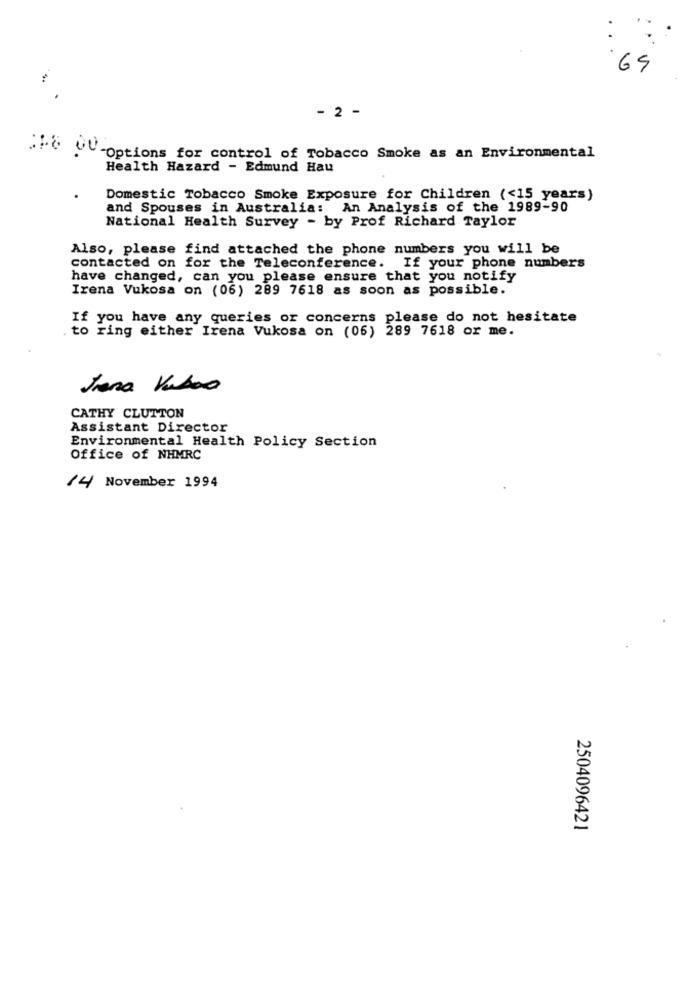
65
- 2 -
:18 00-Options for control of Tobacco Smoke as an Environmental
Health Hazard - Edmund Hau
Domestic Tobacco Smoke Exposure for Children (<15 years)
and Spouses in Australia: An Analysis of the 1989-90
National Health Survey - by Prof Richard Taylor
Also, please find attached the phone numbers you will be
contacted on for the Teleconference. If your phone numbers
have changed, can you please ensure that you notify
Irena Vukosa on (06) 289 7618 as soon as possible.
If you have any queries or concerns please do not hesitate
to ring either Irena Vukosa on (06) 289 7618 or me.
CATHY CLUTTON
Assistant Director
Environmental Health Policy Section
Office of NHMRC
14 November 1994
2504096421